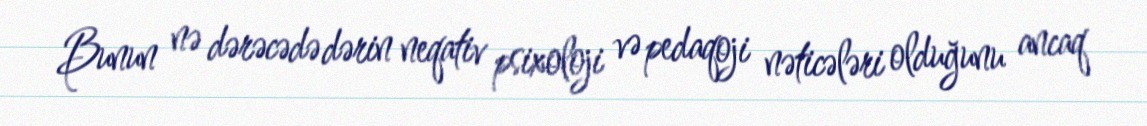
Bunun nə dərəcədə dərin neqativ psixoloji və pedaqoji nəticələri olduğunu ancaq